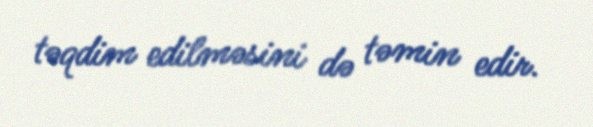
təqdim edilməsini də təmin edir.